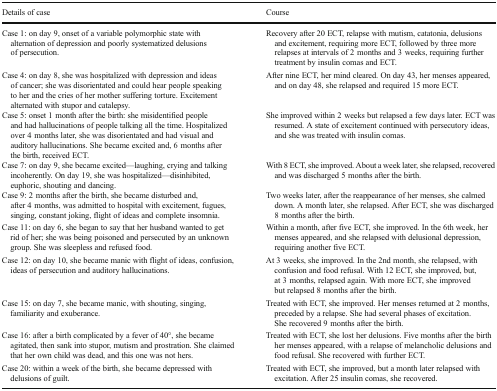
<table><thead><tr><td><b>Details of case</b></td><td><b>Course</b></td></tr></thead><tbody><tr><td>Case 1: on day 9, onset of a variable polymorphic state with alternation of depression and poorly systematized delusions of persecution.</td><td>Recovery after 20 ECT, relapse with mutism, catatonia, delusions and excitement, requiring more ECT, followed by three more relapses at intervals of 2 months and 3 weeks, requiring further treatment by insulin comas and ECT.</td></tr><tr><td>Case 4: on day 8, she was hospitalized with depression and ideas of cancer; she was disorientated and could hear people speaking to her and the cries of her mother suffering torture. Excitement alternated with stupor and catalepsy.</td><td>After nine ECT, her mind cleared. On day 43, her menses appeared, and on day 48, she relapsed and required 15 more ECT.</td></tr><tr><td>Case 5: onset 1 month after the birth: she misidentified people and had hallucinations of people talking all the time. Hospitalized over 4 months later, she was disorientated and had visual and auditory hallucinations. She became excited and, 6 months after the birth, received ECT.</td><td>She improved within 2 weeks but relapsed a few days later. ECT was resumed. A state of excitement continued with persecutory ideas, and she was treated with insulin comas.</td></tr><tr><td>Case 7: on day 9, she became excited—laughing, crying and talking incoherently. On day 19, she was hospitalized—disinhibited, euphoric, shouting and dancing.</td><td>With 8 ECT, she improved. About a week later, she relapsed, recovered and was discharged 5 months after the birth.</td></tr><tr><td>Case 9: 2 months after the birth, she became disturbed and, after 4 months, was admitted to hospital with excitement, fugues, singing, constant joking, flight of ideas and complete insomnia.</td><td>Two weeks later, after the reappearance of her menses, she calmed down. A month later, she relapsed. After ECT, she was discharged 8 months after the birth.</td></tr><tr><td>Case 11: on day 6, she began to say that her husband wanted to get rid of her; she was being poisoned and persecuted by an unknown group. She was sleepless and refused food.</td><td>Within a month, after five ECT, she improved. In the 6th week, her menses appeared, and she relapsed with delusional depression, requiring another five ECT.</td></tr><tr><td>Case 12: on day 10, she became manic with flight of ideas, confusion, ideas of persecution and auditory hallucinations.</td><td>At 3 weeks, she improved. In the 2nd month, she relapsed, with confusion and food refusal. With 12 ECT, she improved, but, at 3 months, relapsed again. With more ECT, she improved but relapsed 8 months after the birth.</td></tr><tr><td>Case 15: on day 7, she became manic, with shouting, singing, familiarity and exuberance.</td><td>Treated with ECT, she improved. Her menses returned at 2 months, preceded by a relapse. She had several phases of excitation. She recovered 9 months after the birth.</td></tr><tr><td>Case 16: after a birth complicated by a fever of 40°, she became agitated, then sank into stupor, mutism and prostration. She claimed that her own child was dead, and this one was not hers.</td><td>Treated with ECT, she lost her delusions. Five months after the birth her menses appeared, with a relapse of melancholic delusions and food refusal. She recovered with further ECT.</td></tr><tr><td>Case 20: within a week of the birth, she became depressed with delusions of guilt.</td><td>Treated with ECT, she improved, but a month later relapsed with excitation. After 25 insulin comas, she recovered.</td></tr></tbody></table>